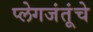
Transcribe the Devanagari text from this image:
प्लेगजंतूंचे